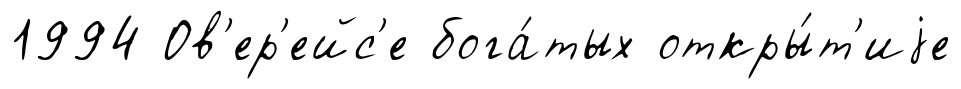
1994 Ов'ер'ейс'е бога́тых откры́т'иjе